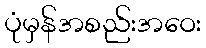
ပုံမှန်အစည်းအဝေး